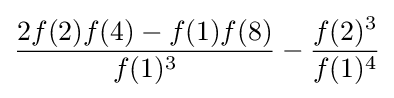
{\frac {2f(2)f(4)-f(1)f(8)}{f(1)^{3}}}-{\frac {f(2)^{3}}{f(1)^{4}}}